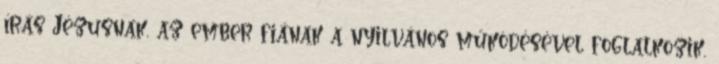
írás Jézusnak, az ember fiának a nyilvános működésével foglalkozik,